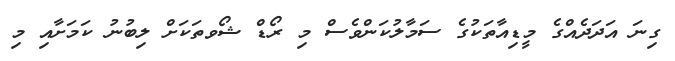
ގިނަ އަދަދެއްގެ މީޑިއާތަކުގެ ސަމާލުކަންވެސް މި ރޯޑް ޝޯވތަކަށް ލިބުނު ކަމަށާއި މި